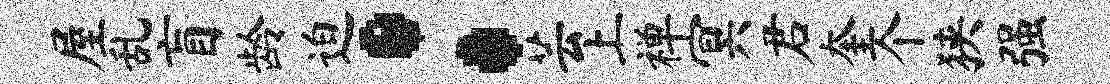
屋乱盲龄迫：芸上禅冥君奎个狭强